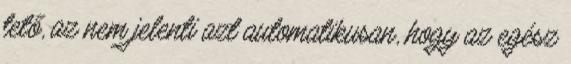
tető, az nem jelenti azt automatikusan, hogy az egész